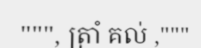
""", ត្រាំ គល់ ,"""